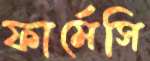
ফার্মেসি